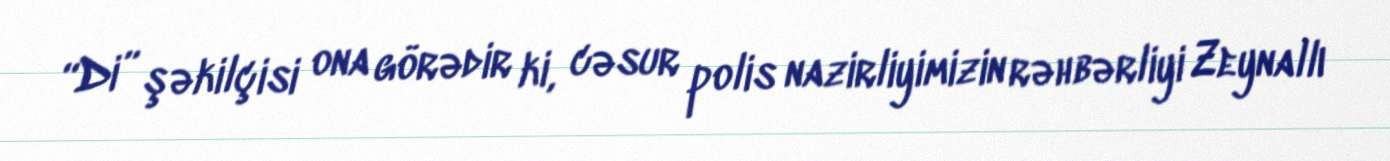
“Di” şəkilçisi ona görədir ki, cəsur polis nazirliyimizin rəhbərliyi Zeynallı